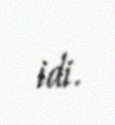
idi.